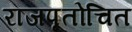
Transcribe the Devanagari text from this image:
राजपूतोचित